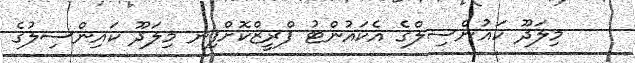
މިލަދޫ ކައުންސިލްގެ އެކައުންޓު ފްރީޒްކޮށްފިނ މިލަދޫ ކައިންސިލުގެ